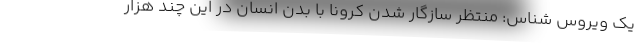
یک ویروس شناس: منتظر سازگار شدن کرونا با بدن انسان در این چند هزار